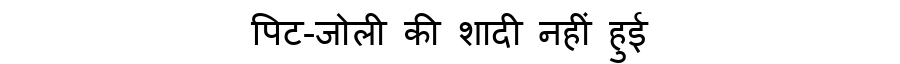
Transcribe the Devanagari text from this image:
पिट-जोली की शादी नहीं हुई